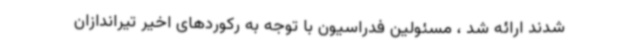
شدند ارائه شد ، مسئولین فدراسیون با توجه به رکوردهای اخیر تیراندازان